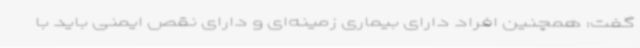
گفت: همچنین افراد دارای بیماری زمینه‌ای و دارای نقص ایمنی باید با